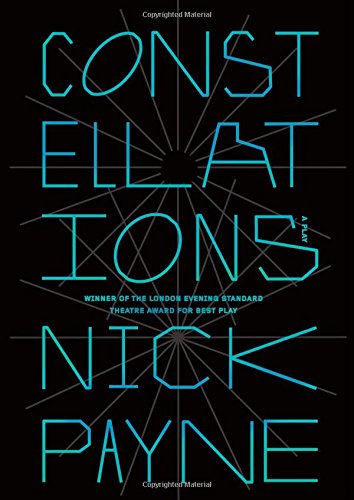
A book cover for Constellations: A Play; Nick Payne; Literature & Fiction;